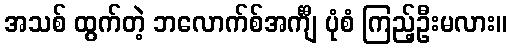
အသစ် ထွက်တဲ့ ဘလောက်စ်အင်္ကျီ ပုံစံ ကြည့်ဦးမလား။